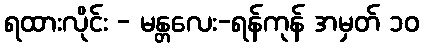
ရထားလိုင်း - မန္တလေး-ရန်ကုန် အမှတ် ၁၀